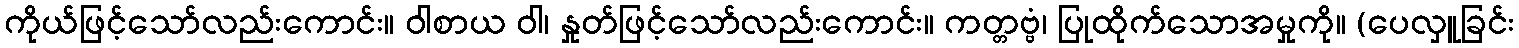
ကိုယ်ဖြင့်သော်လည်းကောင်း။ ဝါစာယ ဝါ၊ နှုတ်ဖြင့်သော်လည်းကောင်း။ ကတ္တဗ္ဗံ၊ ပြုထိုက်သောအမှုကို။ (ပေလှူခြင်း